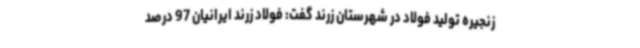
زنجیره تولید فولاد در شهرستان زرند گفت: فولاد زرند ایرانیان 97 درصد